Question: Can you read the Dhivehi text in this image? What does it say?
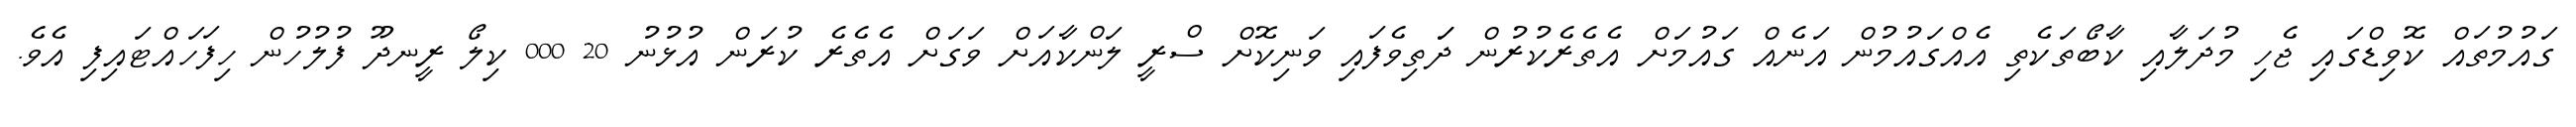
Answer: ގައުމުތައް ކޮވިޑްގައި ޖެހި މުދަލާއި ކާބޯތަކެތި އެއްގައުމުން އަނެއް ގައުމަށް އެތެރެކުރުން ދަަތިވެފައި ވަނިކޮށް ސްރީ ލަންކާއަށް ވަގަށް އެތެރެ ކުރަން އުޅުނު 20 000 ކިލޯ ރީނދޫ ފުލުހުން ހިފަހައްޓައިފި އެވެ.